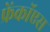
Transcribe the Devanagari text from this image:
फ्रेंकॉएस